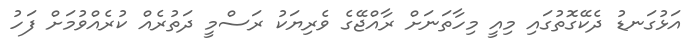
އަޅުގަނޑު ދެކޭގޮތުގައި މިއީ މިހާތަނަށް ރާއްޖޭގެ ވެރިޔަކު ރަސްމީ ދަތުރެއް ކުރެއްވުމަށް ފަހު